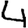
Digit: 4